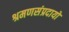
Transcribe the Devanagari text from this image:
श्रमणसंप्रदायों